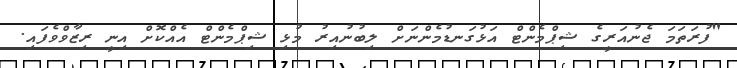
"ފުރަތަމަ ޖެނުއަރީގެ ޝިޕްމެންޓް އަޅުގަނޑުމެންނަށް ލިބުނުއިރު މުޅި ޝިޕްމެންޓް އެއްކޮށް އިނީ ރިޒާވްވެފައި.